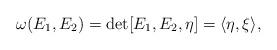
LaTeX: \begin{align*} \omega(E_1,E_2) = \mathrm{det}[E_1,E_2,\eta] = \langle\eta,\xi\rangle,\end{align*}